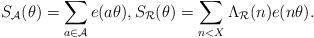
LaTeX: \begin{align*}S_{\mathcal{A}}(\theta)=\sum_{a\in\mathcal{A} }e(a\theta),S_{\mathcal{R}}(\theta)=\sum_{n<X}\Lambda_{\mathcal{R}}(n)e(n\theta).\end{align*}